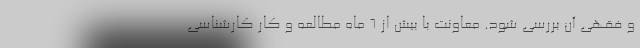
و فقهی آن بررسی شود. معاونت با بیش از ۶ ماه مطالعه و کار کارشناسی